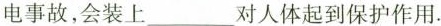
电事故，会装上___对人体起到保护作用。